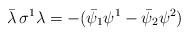
LaTeX: \begin{align*}\bar\lambda\,\sigma^1\lambda=-(\bar\psi_1\psi^1-\bar\psi_2\psi^2)\end{align*}